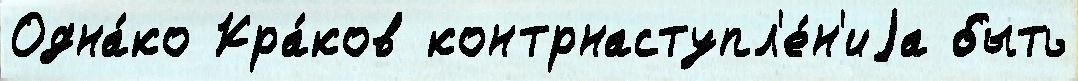
Одна́ко Кра́ков контрнаступл'е́н'иjа быть